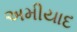
અમીયાદ